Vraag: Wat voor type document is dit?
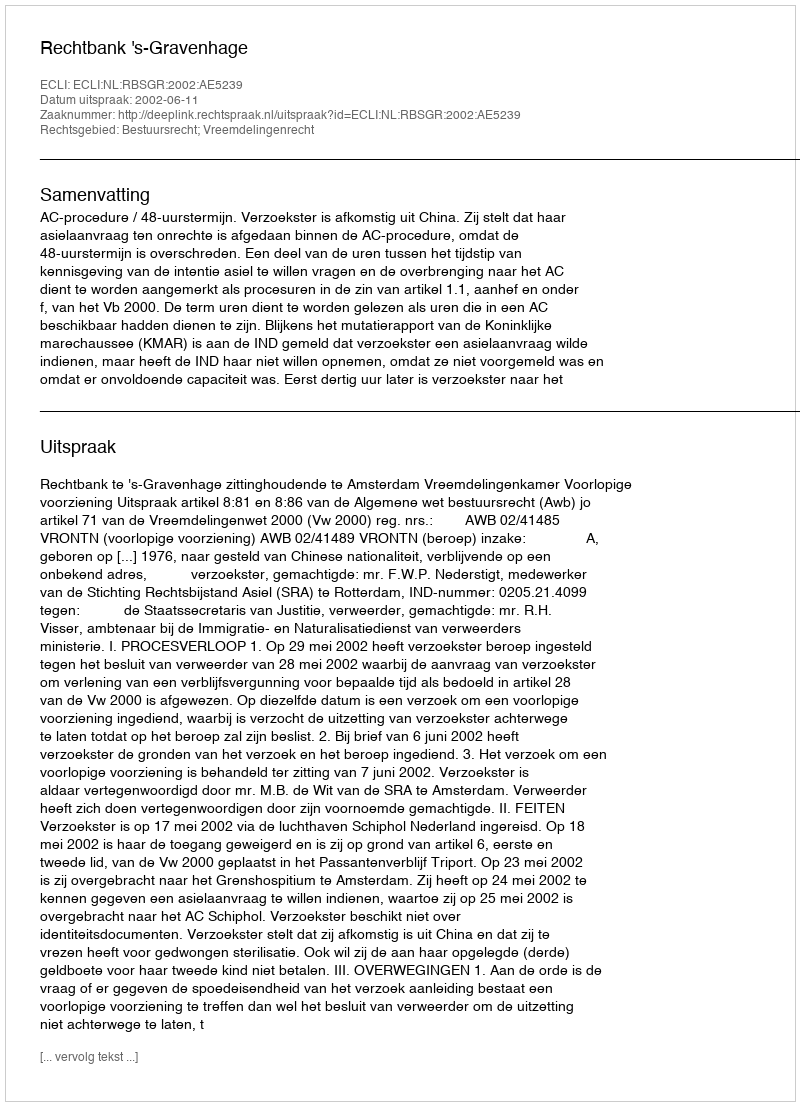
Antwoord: Uitspraak